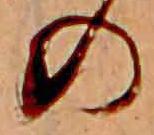
の